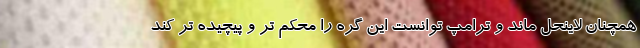
همچنان لاینحل ماند و ترامپ توانست این گره را محکم تر و پیچیده تر کند